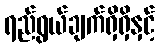
ရည်ရွယ်ချက်ရှိရှိနှင့်